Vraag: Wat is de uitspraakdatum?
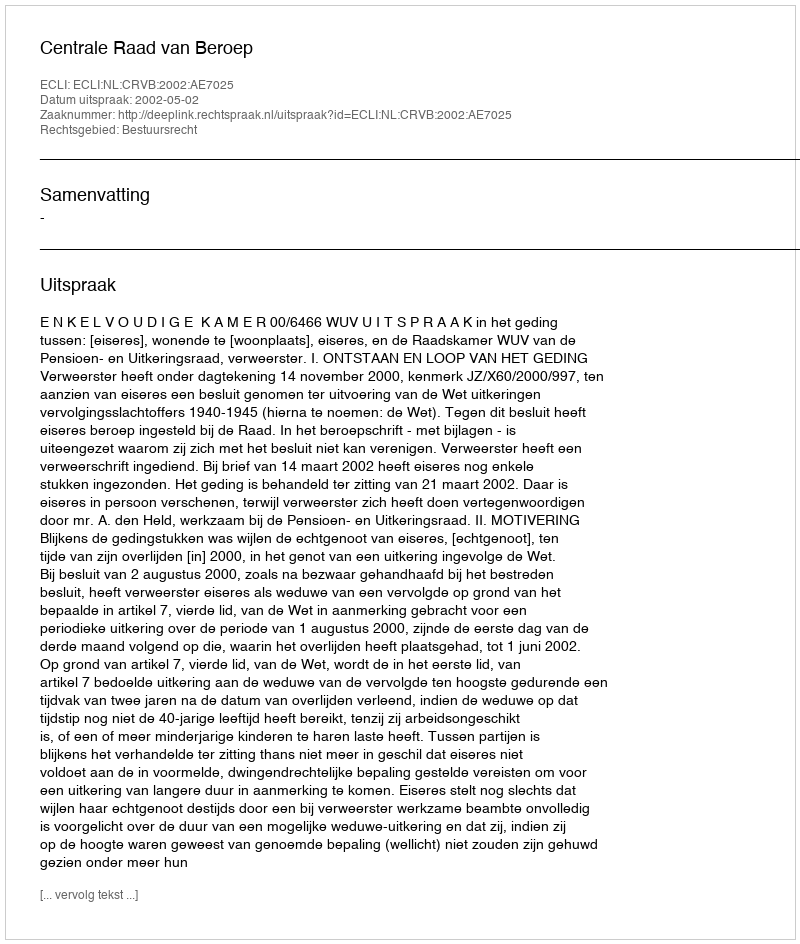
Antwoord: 2002-05-02